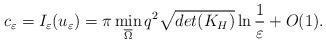
LaTeX: \begin{align*}c_\varepsilon=I_\varepsilon(u_\varepsilon)=\pi \min\limits_{\overline{\Omega} }q^2\sqrt{det(K_H)}\ln\frac{1}{\varepsilon}+O(1).\end{align*}